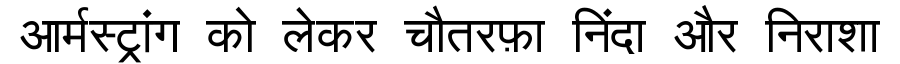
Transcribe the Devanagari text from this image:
आर्मस्ट्रांग को लेकर चौतरफ़ा निंदा और निराशा